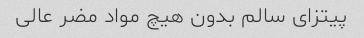
پیتزای سالم بدون هیچ مواد مضر عالی